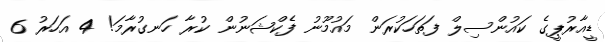
ޑީއާރުޕީގެ ކައުންސިލް ފަތަހަކުރަން މައުމޫނު ފެކްޝަނުން ކުރާ ހަނގުރާމަ! 4 އަހަރު 6